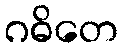
ဂဓိတေ